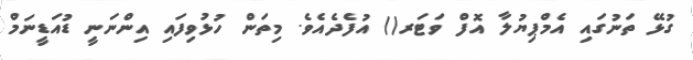
ގުޅޭ ތަނުގައި އެމްޕިޔުލާ އޮފް ވަޓަރ() އުފެދެއެވެ. މިތަން ހުޅުވިފައި އިންނަނީ ޑުއަޑީނަމް